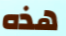
هذه